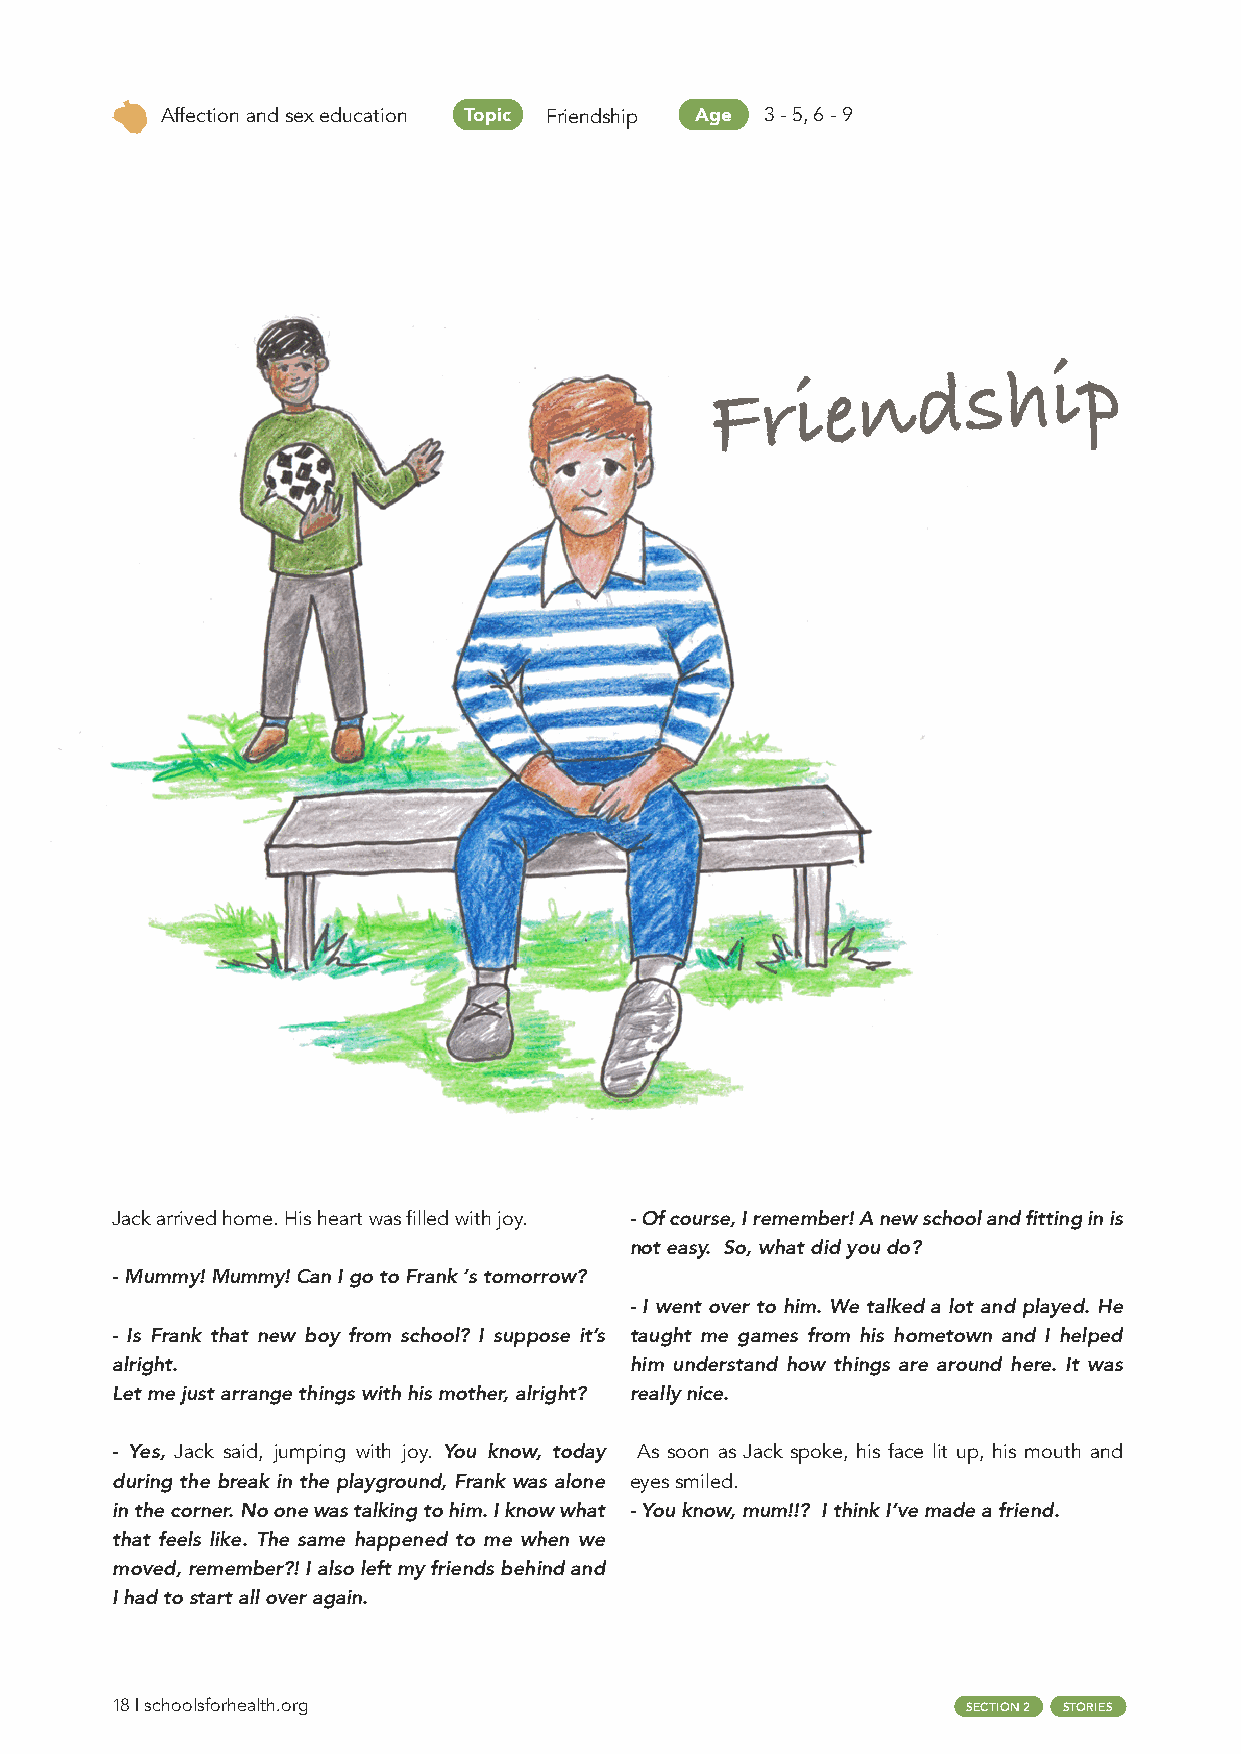
Affection and sex education Topic Friendship Age 3 - 5, 6 - 9
 Friendship
 Jack arrived home. His heart was filled with joy. - Of course, I remember! A new school and fitting in is
 not easy. So, what did you do?
 - Mummy! Mummy! Can I go to Frank ‘s tomorrow?
 - I went over to him. We talked a lot and played. He
 - Is Frank that new boy from school? I suppose it’s taught me games from his hometown and I helped
 alright.                           him understand how things are around here. It was
 Let me just arrange things with his mother, alright? really nice.
 - Yes, Jack said, jumping with joy. You know, today As soon as Jack spoke, his face lit up, his mouth and
 during the break in the playground, Frank was alone eyes smiled.
 in the corner. No one was talking to him. I know what - You know, mum!!? I think I’ve made a friend.
 that feels like. The same happened to me when we
 moved, remember?! I also left my friends behind and
 I had to start all over again.
 18 | schoolsforhealth.org                                SECTION 2 STORIES